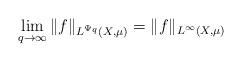
LaTeX: \begin{align*} \lim_{q\rightarrow \infty} \|f\|_{L^{\Psi_q}(X,\mu)} =\|f\|_{L^\infty(X,\mu)}\end{align*}